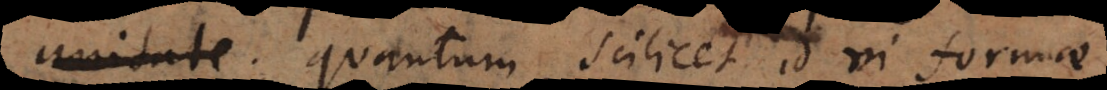
aequales, quantum scilicet id vi formae